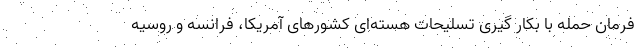
فرمان حمله با بکار گیری تسلیحات هسته‌ای کشورهای آمریکا، فرانسه و روسیه